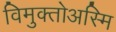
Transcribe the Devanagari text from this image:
विमुक्तोअस्मि